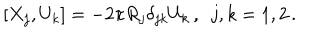
[ X _ { j } , U _ { k } ] = - 2 \pi R _ { j } \delta _ { j k } U _ { k } \, , \enspace j , k = 1 , 2 \, .